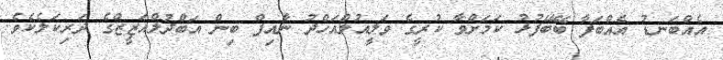
އެއްބަނޑު އެއްބަފާ ބޭބޭފުޅު ކަމަށްވާ ކުރީގެ ވަލީއުލްއަހްދު ނާއިފް ބިން އަބްދުލްއަޒީޒްގެ ދަރިކަލެކެވެ.